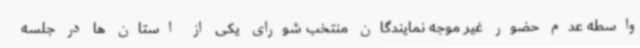
واسطه عدم حضور غیر موجه نمایندگان منتخب شورای یکی از استان ها در جلسه